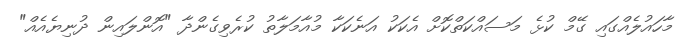
މާހައުލެއްގައި ގޭމް ކުޅެ މަސައްކަތްކޮށް އެކަކު އަނެކަކާ މުއާމަލާތު ކުރެވިގެންދާ "އޮންލައިން ދުނިޔެއެއް"